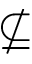
\nsubseteq